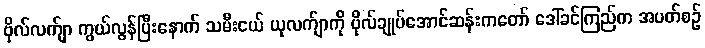
ဗိုလ်လက်ျာ ကွယ်လွန်ပြီးနောက် သမီးငယ် ယုလက်ျာကို ဗိုလ်ချုပ်အောင်ဆန်းကတော် ဒေါ်ခင်ကြည်က အပတ်စဉ်